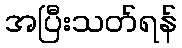
အပြီးသတ်ရန်